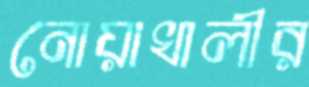
নোয়াখালীর